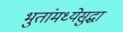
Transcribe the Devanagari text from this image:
भुतांमध्येसुद्धा